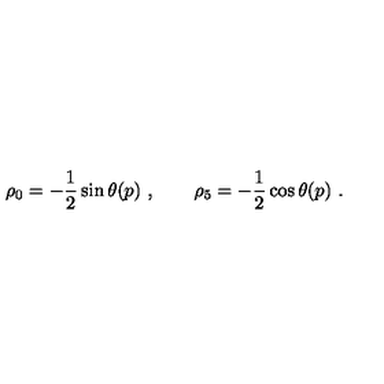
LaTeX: \rho _ { 0 } = - \frac { 1 } { 2 } \sin \theta ( p ) \ , \qquad \rho _ { 5 } = - \frac { 1 } { 2 } \cos \theta ( p ) \ .